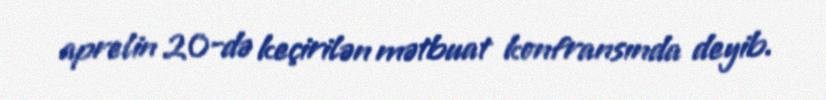
aprelin 20-də keçirilən mətbuat konfransında deyib.